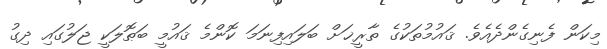
މިކަން ފެނިގެންދެއެވެ. ޤައުމުތަކުގެ ތާރީޚަށް ބަލައިފިނަމަ ކޮންމެ ޤައުމީ ބަޠޮލަކީ ޖަލުގައި ދިގު